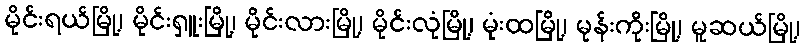
မိုင်းရယ်မြို့၊ မိုင်းရှူးမြို့၊ မိုင်းလားမြို့၊ မိုင်းလုံမြို့၊ မုံးထမြို့၊ မုန်းကိုးမြို့၊ မူဆယ်မြို့၊